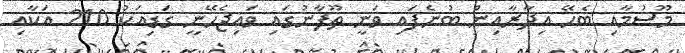
މޫސުމާއި ބެހޭ އިދާރާއިން ބުނެފައި ވަނީ ތޫފާނުގައި ވައިޖެހޭނީ ގަޑިއަކު 210 އަކާއި